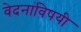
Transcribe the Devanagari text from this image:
वेदनांविषयी